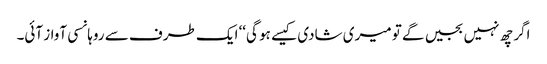
اگر چھ نہیں بجیں گے تو میری شادی کیسے ہو گی‘‘ ایک طرف سے روہانسی آواز آئی۔